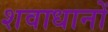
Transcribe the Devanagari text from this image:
शवाधानों